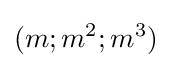
(m;m^{2};m^{3})